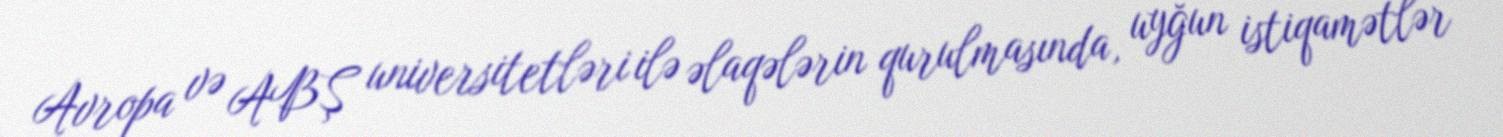
Avropa və ABŞ universitetləri ilə əlaqələrin qurulmasında, uyğun istiqamətlər